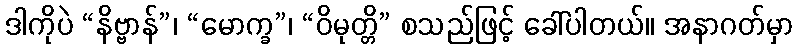
ဒါကိုပဲ “နိဗ္ဗာန်”၊ “မောက္ခ”၊ “ဝိမုတ္တိ” စသည်ဖြင့် ခေါ်ပါတယ်။ အနာဂတ်မှာ